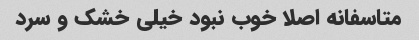
متاسفانه اصلا خوب نبود خیلی خشک و سرد